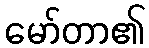
မော်တာ၏